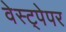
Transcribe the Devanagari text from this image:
वेस्ट्पेपर